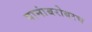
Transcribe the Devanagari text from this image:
पानांबरोबरच